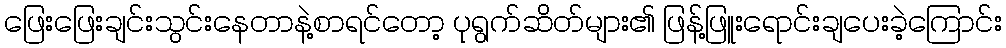
ဖြေးဖြေးချင်းသွင်းနေတာနဲ့စာရင်တော့ ပုရွက်ဆိတ်များ၏ ဖြန့်ဖြူးရောင်းချပေးခဲ့ကြောင်း